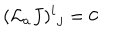
LaTeX: ( { \cal L } _ { a } J ) ^ { i } { } _ { j } = 0